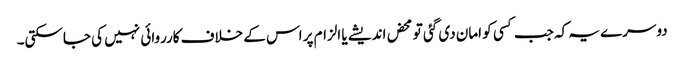
دوسرے یہ کہ جب کسی کو امان دی گئی تو محض اندیشے یا الزام پر اس کے خلاف کارروائی نہیں کی جاسکتی۔